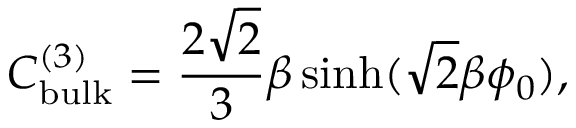
C _ { \mathrm { b u l k } } ^ { ( 3 ) } = \frac { 2 \sqrt { 2 } } { 3 } \beta \sinh ( \sqrt { 2 } \beta \phi _ { 0 } ) ,